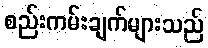
စည်းကမ်းချက်များသည်